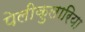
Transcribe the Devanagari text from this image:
पेलीकुलारिया